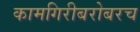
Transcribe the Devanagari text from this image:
कामगिरीबरोबरच